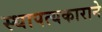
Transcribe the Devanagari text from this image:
स्थापत्यकाराने